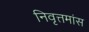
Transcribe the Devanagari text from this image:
निवृत्तमांस